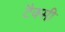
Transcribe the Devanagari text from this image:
टैक्सी